Civil Veterinary Department Bengal reports 1923-33 - 1923-1933
Year: 1923
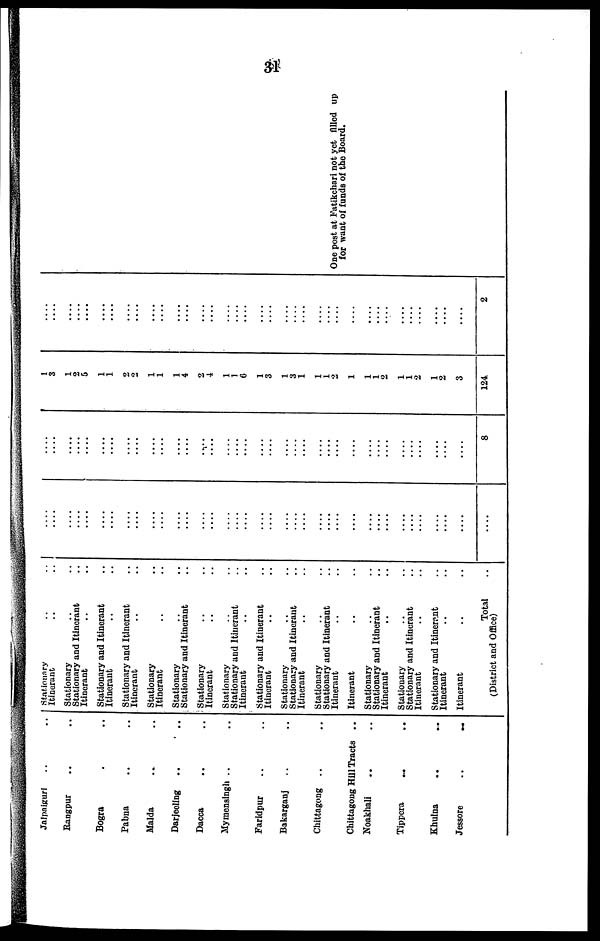
31
Jalpaiguri .. ..
Rangpur .. ..
Bogra .. ..
Pabna .. ..
Malda .. ..
Darjeeling .. ..
Dacca .. ..
Mymensingh .. ..
Faridpur .. ..
Bakarganj .. ..
Chittagong .. ..
Chittagong Hill Tracts ..
Noakhali .. ..
Tippera .. ..
Khulna
..
..
Jessore
..
..
Stationary .. ..
Itinerant .. ..
Stationary .. ..
Stationary and Itinerant ..
Itinerant .. ..
Stationary and Itinerant ..
Itinerant .. ..
Stationary and Itinerant ..
Itinerant .. ..
Stationary .. ..
Itinerant .. ..
Stationary .. ..
Stationary and Itinerant ..
Stationary .. ..
Itinerant .. ..
Stationary .. ..
Stationary and Itinerant ..
Itinerant .. ..
Stationary and Itinerant ..
Itinerant .. ..
Stationary .. ..
Stationary and Itinerant ..
Itinerant .. ..
Stationary .. ..
Stationary and Itinerant ..
Itinerant
..
..
Itinerant .. ..
Stationary .. ..
Stationary and Itinerant ..
Itinerant .. ..
Stationary .. ..
Stationary and Itinerant ..
Itinerant .. ..
Stationary and Itinerant ..
Itinerant .. ..
Itinerant .. ..
Total ..
(District and Office)
....
....
....
....
....
....
....
....
....
....
....
....
....
....
....
....
....
....
....
....
....
....
....
....
....
....
....
....
....
....
....
....
....
....
....
....
....
....
....
....
....
....
....
....
....
....
....
....
....
....
....
....
....
....
....
....
....
....
....
....
....
....
....
....
....
....
....
....
....
....
....
....
....
8
1
3
1
2
5
1
1
2
2
1
1
1
4
2
4
1
1
6
1
3
1
3
1
1
1
2
1
1
1
2
1
1
2
1
2
3
124
....
....
....
....
....
....
....
....
....
....
....
....
....
....
....
....
....
....
....
....
....
....
....
....
....
....
....
....
....
....
....
....
....
....
....
....
2
One post at Fatikchari not yet filled up
for want of funds of the Board.